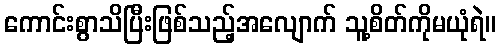
ကောင်းစွာသိပြီးဖြစ်သည့်အလျောက် သူ့စိတ်ကိုမယုံရဲ။